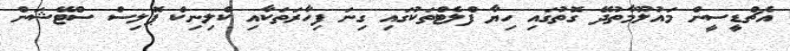
އެޗްޑީސީން މައުލޫމާތުދޭ ގޮތުގައި ހިޔާ ފްލެޓްތަކުގައި ގިނަ ފިހާރަތަކާއި ކްލިނިކް ޕޮލިސް ސްޓޭޝަން